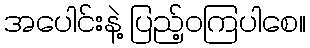
အပေါင်းနဲ့ ပြည့်ဝကြပါစေ။